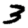
Digit: 3